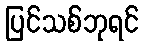
ပြင်သစ်ဘုရင်